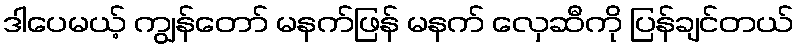
ဒါပေမယ့် ကျွန်တော် မနက်ဖြန် မနက် လှေဆီကို ပြန်ချင်တယ်